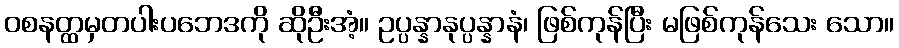
ဝစနတ္ထမှတပါးပဘေဒကို ဆိုဦးအံ့။ ဥပ္ပန္နာနုပ္ပန္နာနံ၊ ဖြစ်ကုန်ပြီး မဖြစ်ကုန်သေး သော။